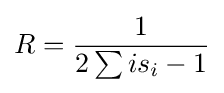
R={\frac {1}{2\sum is_{i}-1}}